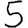
Digit: 5